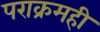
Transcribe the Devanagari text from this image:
पराक्रमही